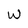
Character: w